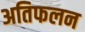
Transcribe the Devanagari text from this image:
अतिफलन